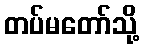
တပ်မတော်သို့